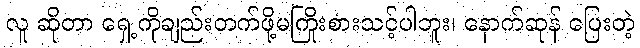
လူ ဆိုတာ ရှေ့ကိုချည်းတက်ဖို့မကြိုးစားသင့်ပါဘူး၊ နောက်ဆုန် ပြေးတဲ့